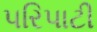
પરિપાટી